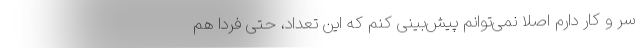
سر و کار دارم اصلا نمی‌توانم پیش‌بینی کنم که این تعداد، حتی فردا هم